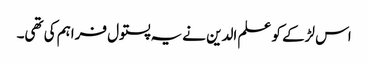
اس لڑکے کو علم الدین نے یہ پستول فراہم کی تھی۔